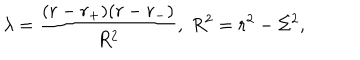
\lambda = \frac { ( r - r _ { + } ) ( r - r _ { - } ) } { R ^ { 2 } } , \; R ^ { 2 } = r ^ { 2 } - \Sigma ^ { 2 } ,